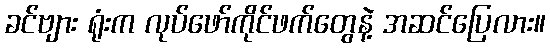
ခင်ဗျား ရုံးက လုပ်ဖော်ကိုင်ဖက်တွေနဲ့ အဆင်ပြေလား။